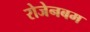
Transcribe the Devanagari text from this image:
रोजेनबम